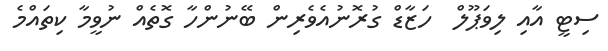
ސިޓީ އާއި ލިވަޕޫލް  ހަޒާޑް ގުރޮނުއެވެރިން ބޭނުންހާ ގޮތެއް ނުވީމާ ކިތައްމެ